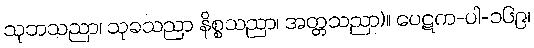
သုဘသညာ၊ သုခသညာ နိစ္စသညာ၊ အတ္တသညာ)။ ပေဋက-ပါ-၁၆၉၊